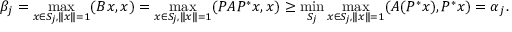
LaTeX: \beta _ { j } = \operatorname* { m a x } _ { x \in S _ { j } , \| x \| = 1 } ( B x , x ) = \operatorname* { m a x } _ { x \in S _ { j } , \| x \| = 1 } ( P A P ^ { * } x , x ) \geq \operatorname* { m i n } _ { S _ { j } } \operatorname* { m a x } _ { x \in S _ { j } , \| x \| = 1 } ( A ( P ^ { * } x ) , P ^ { * } x ) = \alpha _ { j } .